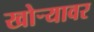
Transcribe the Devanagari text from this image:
खोर्‍यावर